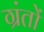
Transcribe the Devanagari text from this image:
ग्रंतों